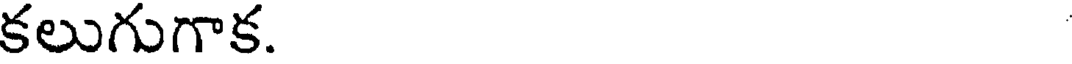
కలుగుగాక.